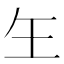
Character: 玍